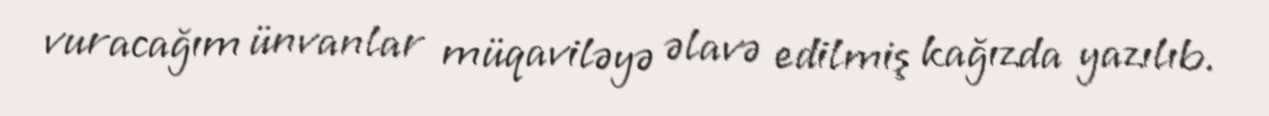
vuracağım ünvanlar müqaviləyə əlavə edilmiş kağızda yazılıb.